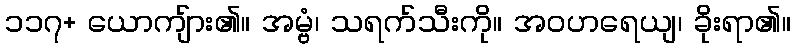
၁၁၇+ ယောကျ်ား၏။ အမ္ဗံ၊ သရက်သီးကို။ အဝဟရေယျ၊ ခိုးရာ၏။